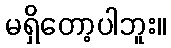
မရှိတော့ပါဘူး။